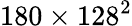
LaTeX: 180\times 128^{2}